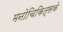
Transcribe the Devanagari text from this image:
मनोचिकित्सके